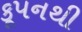
કૂપનથી